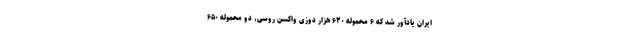
ایران یادآور شد که ۶ محموله ۶۲۰ هزار دوزی واکسن روسی، دو محموله ۶۵۰